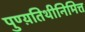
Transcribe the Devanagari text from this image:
पुण्य़तिथीनिमित्त